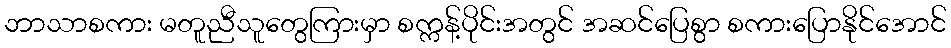
ဘာသာစကား မတူညီသူတွေကြားမှာ စက္ကန့်ပိုင်းအတွင် အဆင်ပြေစွာ စကားပြောနိုင်အောင်